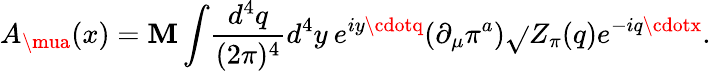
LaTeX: A_{\mua}(x)=\mathbf{M}\int\! {\frac{{d^{4}q}}{{(2\pi)^{4}}}}d^{4}y\: e^{iy\cdotq}(\partial_{\mu}\pi^{a})\sqrt{}{{Z_{\pi}(q)}}e^{-iq\cdotx}.